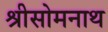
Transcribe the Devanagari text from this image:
श्रीसोमनाथ